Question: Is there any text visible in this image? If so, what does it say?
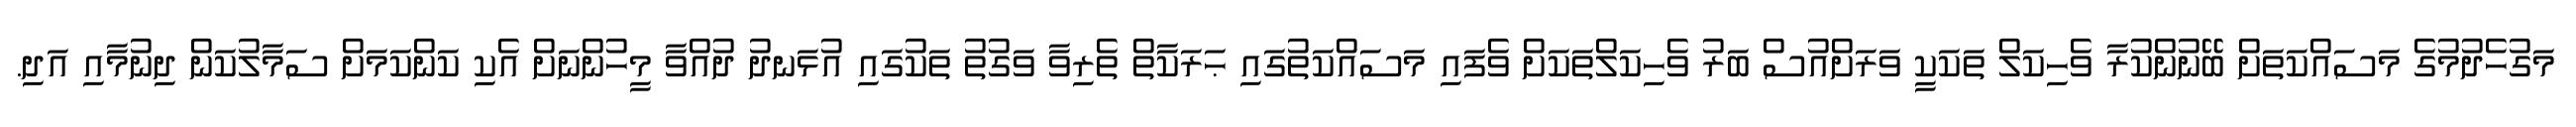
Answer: މަގުހެދުމުގެ މަސައްކަތަށް ބޭނުންކުރާ ވެހިކަލް ތަކަކީ ވަރަށްއުސް ބަރު ވެހިކަލްތަކަށް ވެފައި މަސައްކަތުގައި ޙަރަކާތް ތެރިވާ ވަގުތު ތަކުގައި އުޅަނދު ދުއްވާ މީހުންނަށް އެކި ކަންކަމަށް ސަމާލުކަން ދިނުމާއި އަދި.